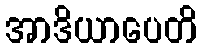
အာဒိယာပေတိ